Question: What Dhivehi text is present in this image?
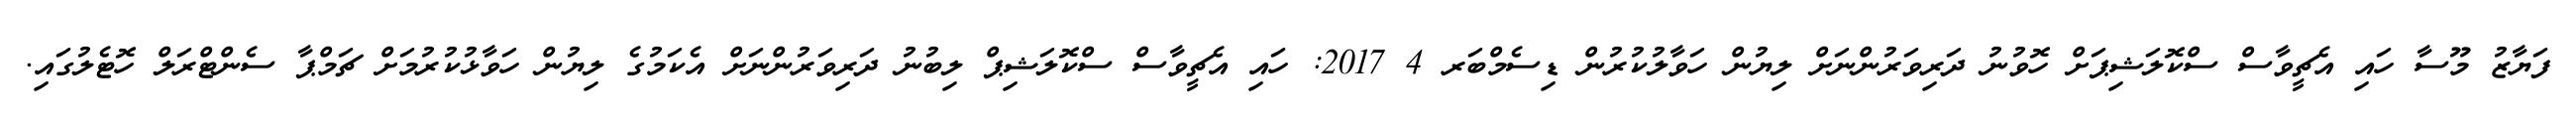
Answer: ފަޔާޒު މޫސާ ހައި އެޗީވާސް ސްކޮލަޝިޕަށް ހޮވުނު ދަރިވަރުންނަށް ލިޔުން ހަވާލުކުރުން ޑިސެމްބަރ 4 2017: ހައި އެޗީވާސް ސްކޮލަޝިޕް ލިބުނު ދަރިވަރުންނަށް އެކަމުގެ ލިޔުން ހަވާޅުކުރުމަށް ޗަމްޕާ ސެންޓްރަލް ހޮޓެލުގައި.